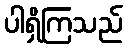
ပါရှိကြသည်